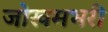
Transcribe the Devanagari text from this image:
जोखमभरी